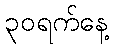
၃၀ရက်နေ့